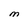
Character: M